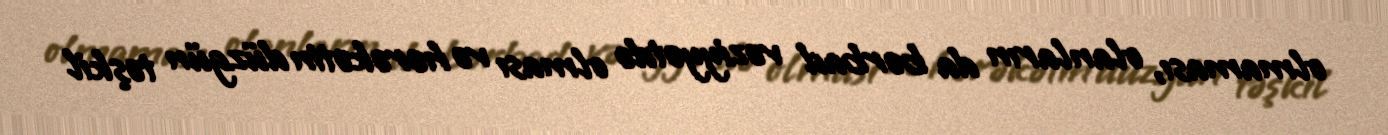
olmaması, olanların da bərbad vəziyyətdə olması və hərəkətin düzgün təşkil